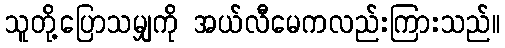
သူတို့ပြောသမျှကို အယ်လီမေကလည်းကြားသည်။